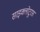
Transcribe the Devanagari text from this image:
साइक्लोटुरस